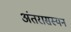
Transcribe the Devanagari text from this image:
अंतरासस्यन